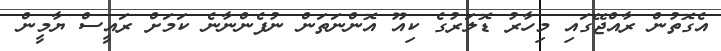
އެގޮތުން ރާއްޖޭގައި މިހާރު ޑޮލަރުގެ ކިއޫ އޮންނަތަން ނުފެންނާނެ ކަމަށް ރައީސް ޔާމީން